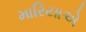
મારિયાએ